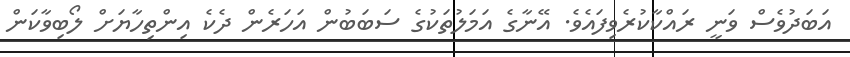
އަބަދުވެސް ވަނީ ރައްކާކުރެވިފައެވެ. އޭނާގެ އަމަލުތަކުގެ ސަބަބުން އަހަރެން ދެކެ އިންތިހާޔަށް ލޯބިވާކަން